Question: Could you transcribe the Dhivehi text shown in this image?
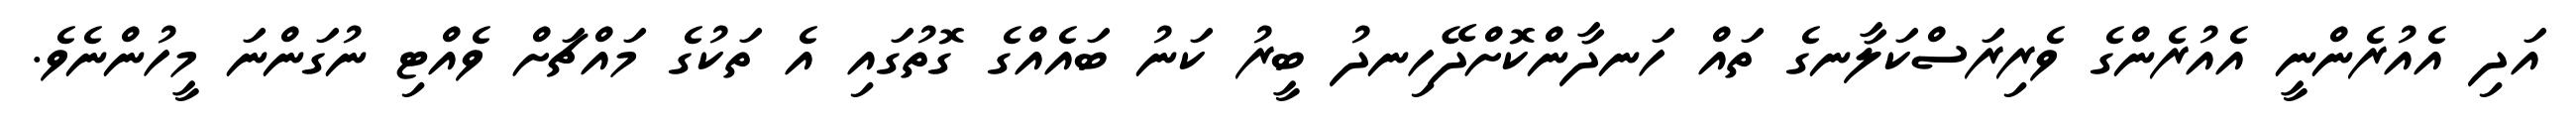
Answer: އަދި އެއުރެންނީ އެއުރެންގެ ވެރިރަސްކަލާނގެ ތައް ހަނދާންކޮށްދޭހިނދު ބީރު ކަނު ބައެއްގެ ގޮތުގައި އެ ތަކުގެ މައްޗަށް ވެއްޓި ނުގަންނަ މީހުންނެވެ.